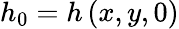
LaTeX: h_{0}=h\left(x,y,0\right)